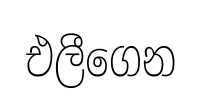
එලීගෙන